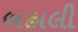
બહાલી